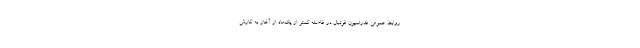
روابط عمومی فدراسیون فوتبال در فاصله کمتر از یک‌ماه از آغاز به کارش